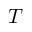
T